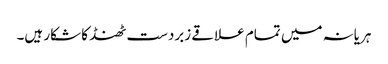
ہریانہ میں تمام علاقے زبردست ٹھنڈ کا شکار ہیں۔